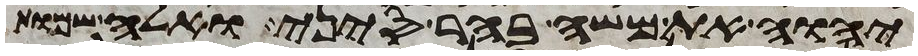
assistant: יהוה את משה בהר סיני ואלה שמות